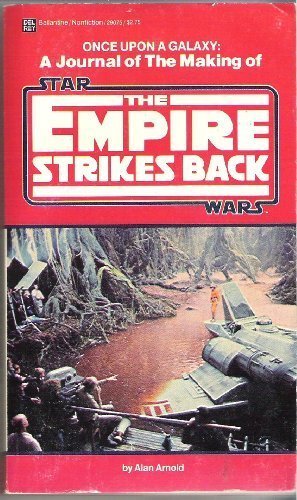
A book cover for Once Upon a Galaxy: A Journal of the Making of The Empire Strikes Back; Alan Arnold; Science Fiction & Fantasy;